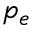
p _ { e }